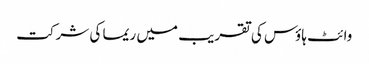
وائٹ ہاؤس کی تقریب میں ریما کی شرکت